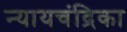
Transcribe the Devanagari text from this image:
न्यायचंद्रिका